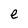
Character: e